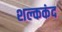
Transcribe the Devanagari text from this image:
शल्ककंद